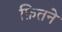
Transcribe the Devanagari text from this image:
फ़ितने